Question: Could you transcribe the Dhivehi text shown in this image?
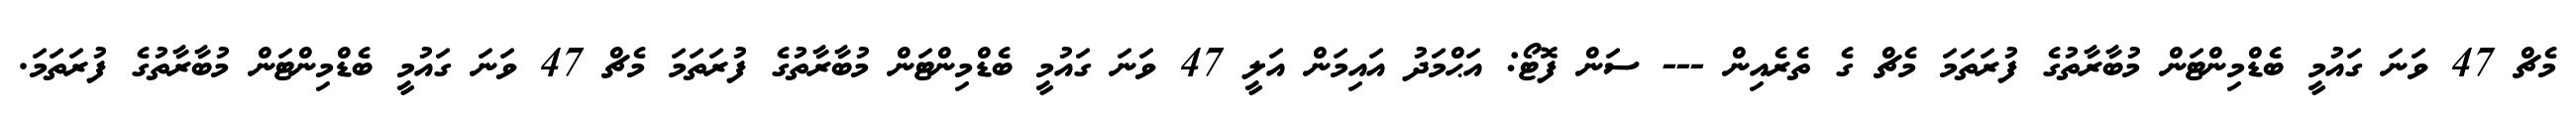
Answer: މެޗް 47 ވަނަ ގައުމީ ބެޑްމިންޓަން މުބާރާތުގެ ފުރަތަމަ މެޗް ގެ ތެރެއިން --- ސަން ފޮޓޯ: އަޙްމަދު އައިމަން އަލީ 47 ވަނަ ގައުމީ ބެޑްމިންޓަން މުބާރާތުގެ ފުރަތަމަ މެޗް 47 ވަނަ ގައުމީ ބެޑްމިންޓަން މުބާރާތުގެ ފުރަތަމަ.